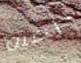
الصين